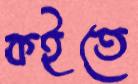
কইতে